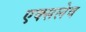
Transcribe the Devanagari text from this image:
एक्सलेव